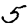
Digit: 5